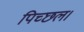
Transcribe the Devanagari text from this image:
पिच्छल।